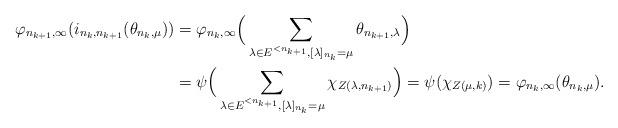
LaTeX: \begin{align*}\varphi_{n_{k+1}, \infty}(i_{n_k, n_{k+1}}(\theta_{n_k, \mu})) &= \varphi_{n_k, \infty}\Big(\sum_{\lambda \in E^{<n_{k+1}}, [\lambda]_{n_k} = \mu} \theta_{n_{k+1}, \lambda}\Big)\\ &= \psi\Big(\sum_{\lambda \in E^{<n_{k+1}}, [\lambda]_{n_k} = \mu} \chi_{Z(\lambda,n_{k+1})}\Big) = \psi(\chi_{Z(\mu,k)}) = \varphi_{n_k, \infty}(\theta_{n_k, \mu}).\end{align*}